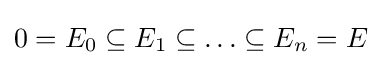
0=E_{0}\subseteq E_{1}\subseteq \ldots \subseteq E_{n}=E